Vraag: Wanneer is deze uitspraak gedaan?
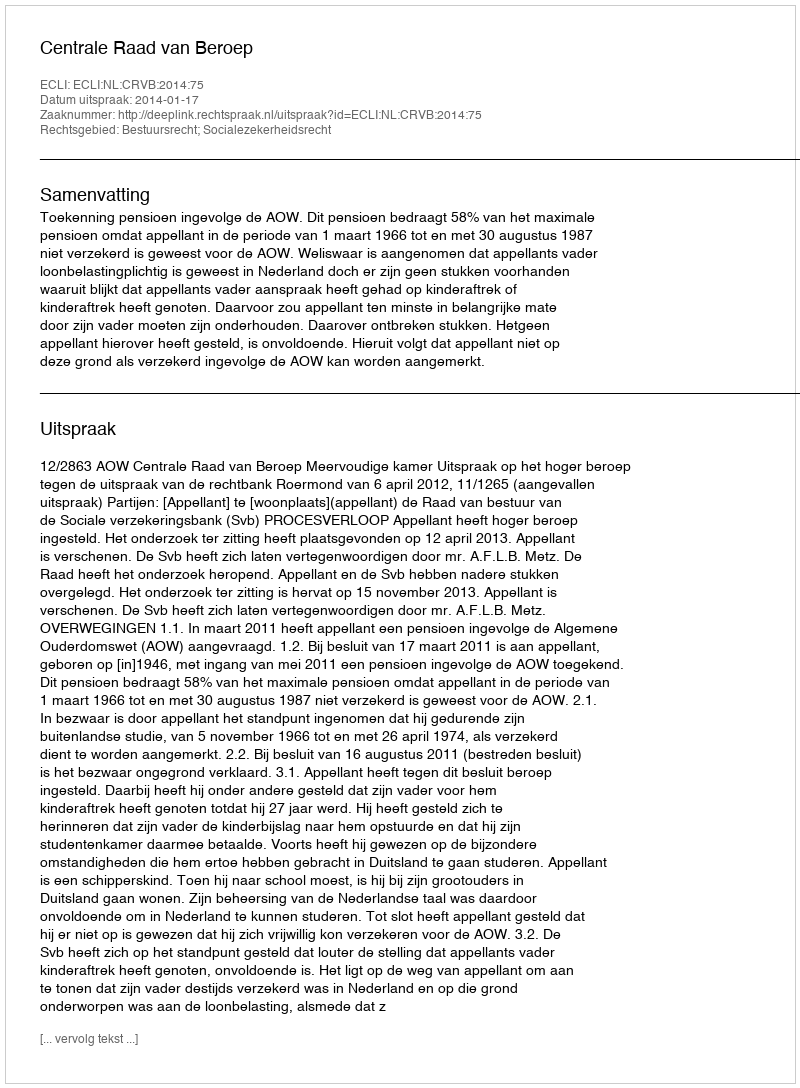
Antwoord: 2014-01-17